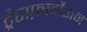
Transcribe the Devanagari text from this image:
ट्रैसफ़ार्मेशन